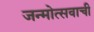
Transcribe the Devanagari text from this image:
जन्मोत्सवाची